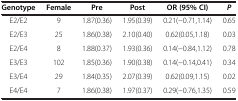
| Genotype | Female | Pre | Post | OR (95% CI) | P |
 | --- | --- | --- | --- | --- | --- |
 | E2/E2 | 9 | 1.87(0.36) | 1.95(0.39) | 0.21(-0.71,1.14) | 0.65 |
 | E2/E3 | 25 | 1.86(0.38) | 2.10(0.40) | 0.62(0.05,1.18) | 0.03 |
 | E2/E4 | 8 | 1.88(0.37) | 1.93(0.36) | 0.14(-0.84,1.12) | 0.78 |
 | E3/E3 | 102 | 1.85(0.36) | 1.90(0.38) | 0.14(-0.14,0.41) | 0.34 |
 | E3/E4 | 29 | 1.84(0.35) | 2.07(0.39) | 0.62(0.09,1.15) | 0.02 |
 | E4/E4 | 7 | 1.86(0.38) | 1.97(0.37) | 0.29(-0.76,1.35) | 0.59 |